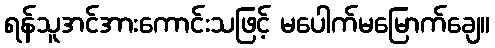
ရန်သူအင်အားကောင်းသဖြင့် မပေါက်မမြောက်ချေ။